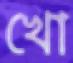
খো